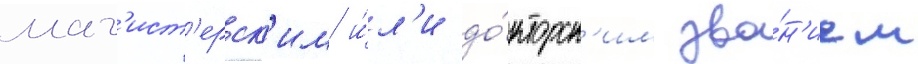
маг'ист'ерск'им и́л'и до́кторск'им зва́н'ием